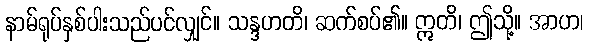
နာမ်ရုပ်နှစ်ပါးသည်ပင်လျှင်။ သန္ဒဟတိ၊ ဆက်စပ်၏။ ဣတိ၊ ဤသို့။ အာဟ၊